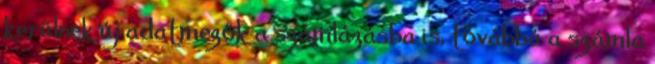
kerülnek új adatmezők a számlázásba is, továbbá a számla